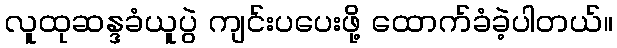
လူထုဆန္ဒခံယူပွဲ ကျင်းပပေးဖို့ ထောက်ခံခဲ့ပါတယ်။